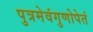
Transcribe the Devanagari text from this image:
पुत्रमेवंगुणोपेतं